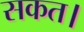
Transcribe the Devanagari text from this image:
सकत।